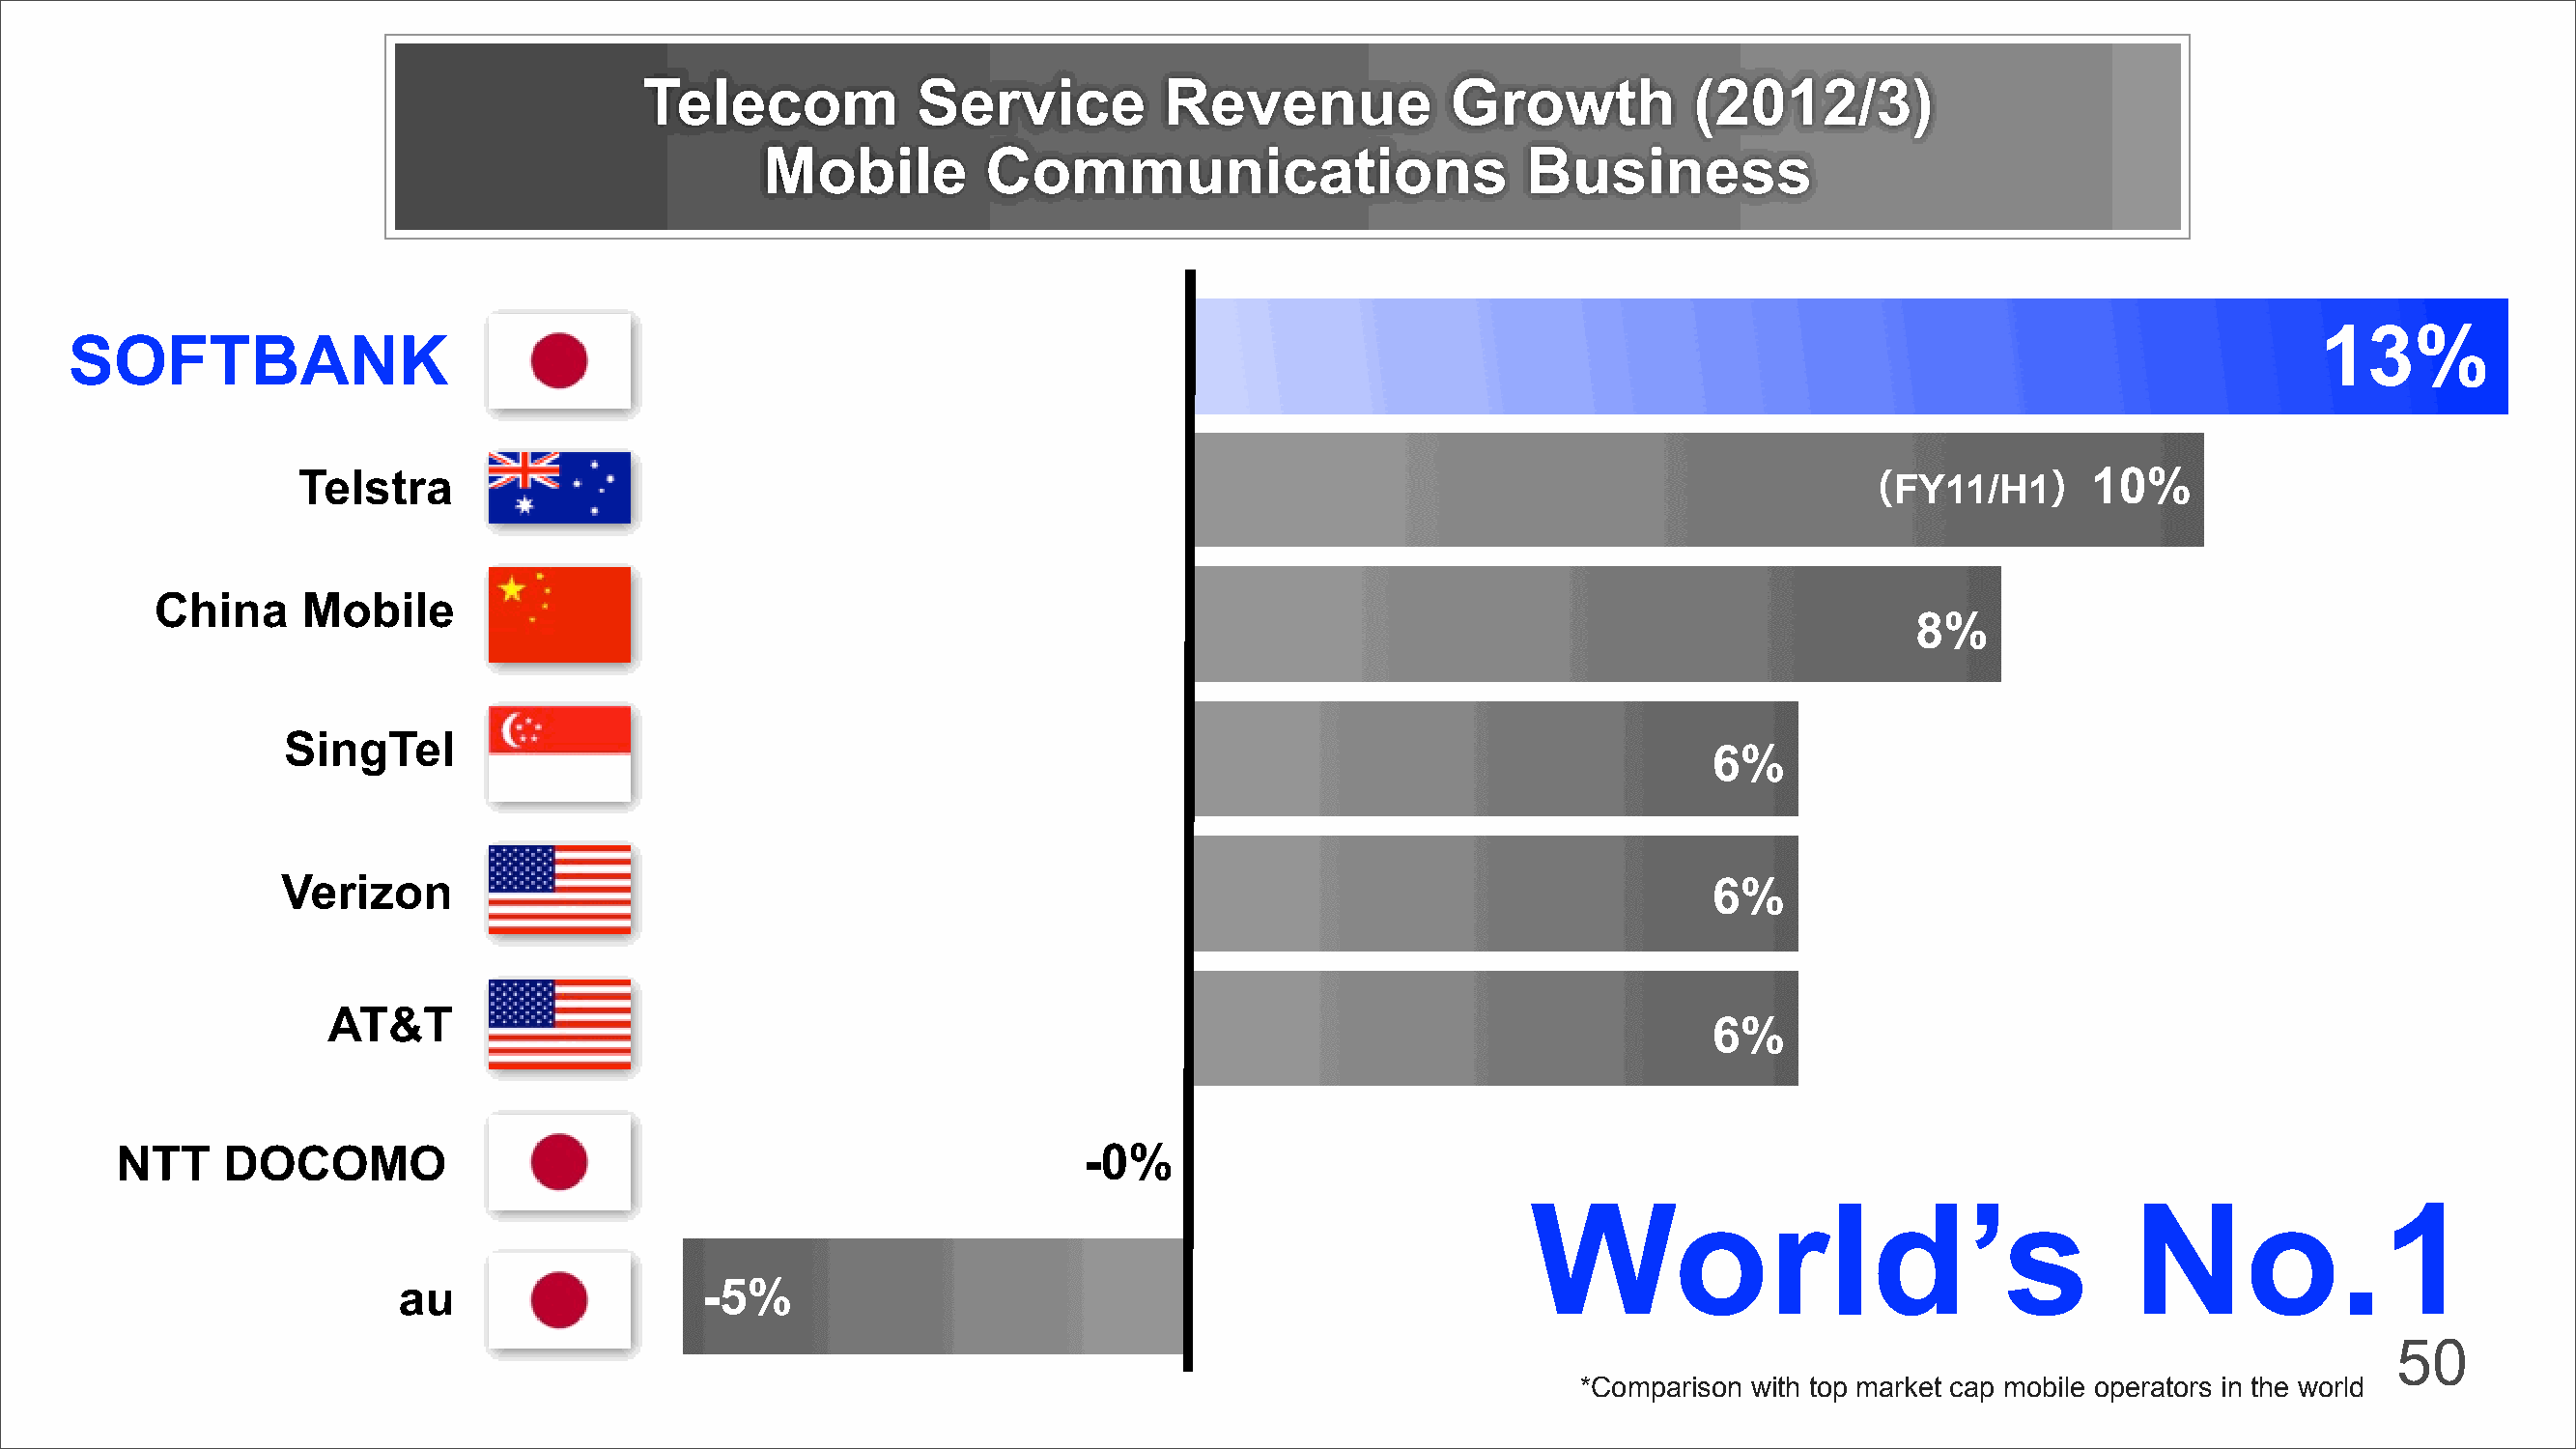
Telecom            Service          Revenue            Growth           (2012/3)
 Mobile          Communications                       Business
 13%
 SOFTBANK
 Telstra                                                                                                       FY11/H1      10%
 （             ）
 China     Mobile
 8%
 SingTel
 6%
 Verizon                                                                                           6%
 AT&T
 6%
 NTT    DOCOMO                                                     -0%
 World’s                                  No.1
 au                   -5%
 50
 *Comparison with top market cap mobile operators in the world